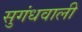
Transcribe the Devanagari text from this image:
सुगंधवाली